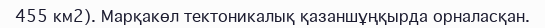
455 км2). Марқакөл тектоникалық қазаншұңқырда орналасқан.